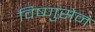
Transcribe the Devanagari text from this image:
विष्णुसेन